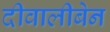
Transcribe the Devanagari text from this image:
दीवालीबेन